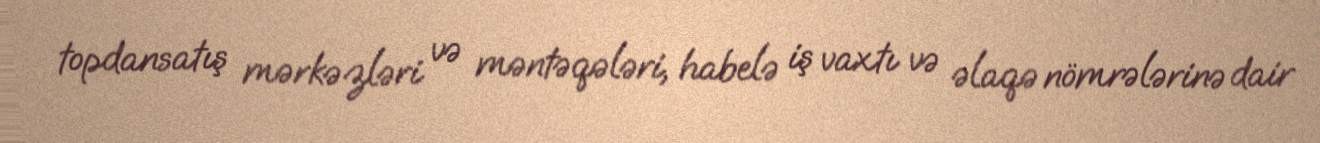
topdansatış mərkəzləri və məntəqələri, habelə iş vaxtı və əlaqə nömrələrinə dair